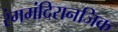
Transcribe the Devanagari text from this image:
रंगमंदिरानजिक